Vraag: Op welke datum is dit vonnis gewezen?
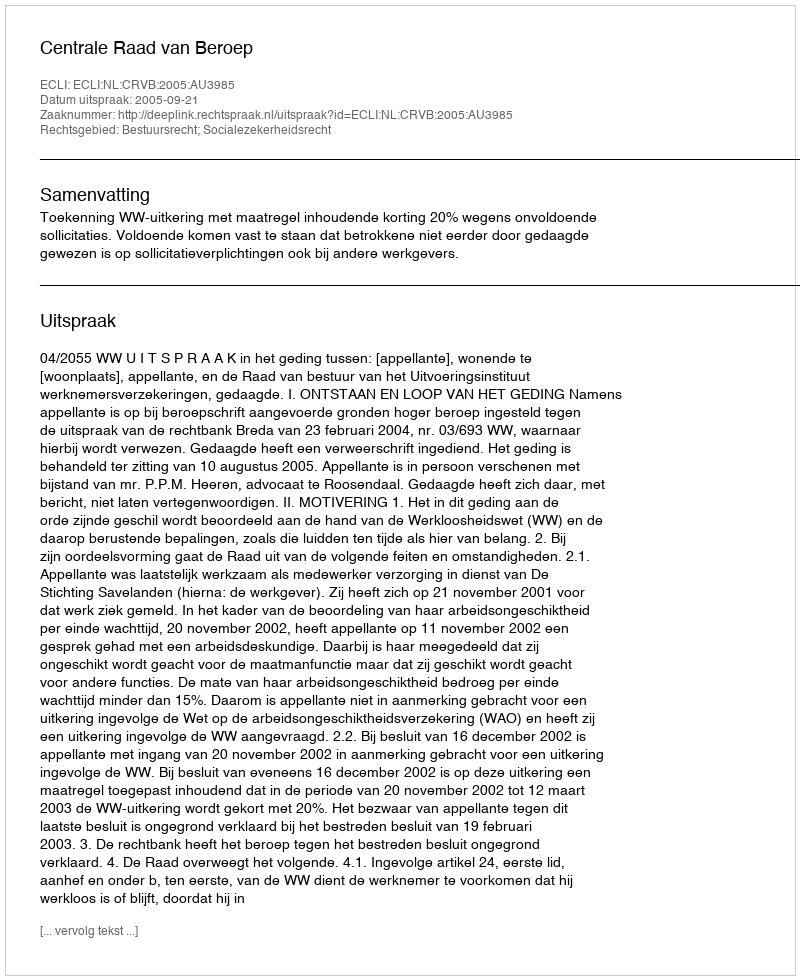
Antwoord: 2005-09-21